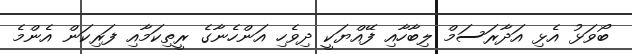
ބޯވަޅު އެޅި އަދާރަސަމް ލިބާހާއި ފޭއްޔަކީ ދިވެހި އަންހެނާގެ ރީތިކަމާއި ފަރިކަން އެންމެ